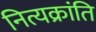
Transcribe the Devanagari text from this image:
नित्यक्रांति